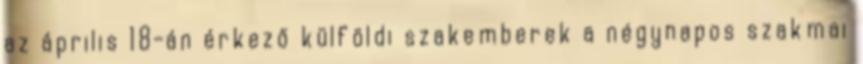
az április 18-án érkező külföldi szakemberek a négynapos szakmai